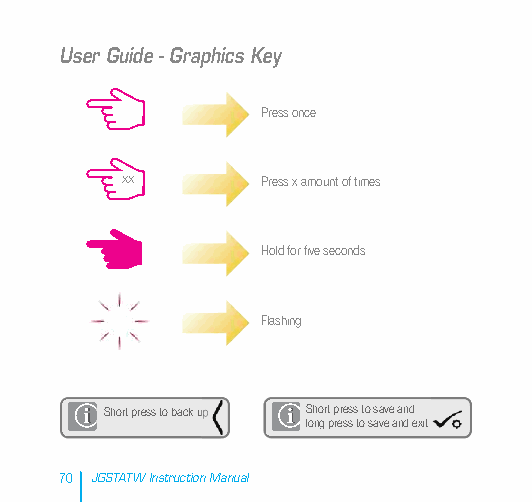
User Guide - Graphics Key
 Press once
 xx       Press x amount of times
 Hold for five seconds
 Flashing
 Short press to back up Short press to save and
 long press to save and exit
 70 JGSTATW Instruction Manual